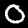
Digit: 0